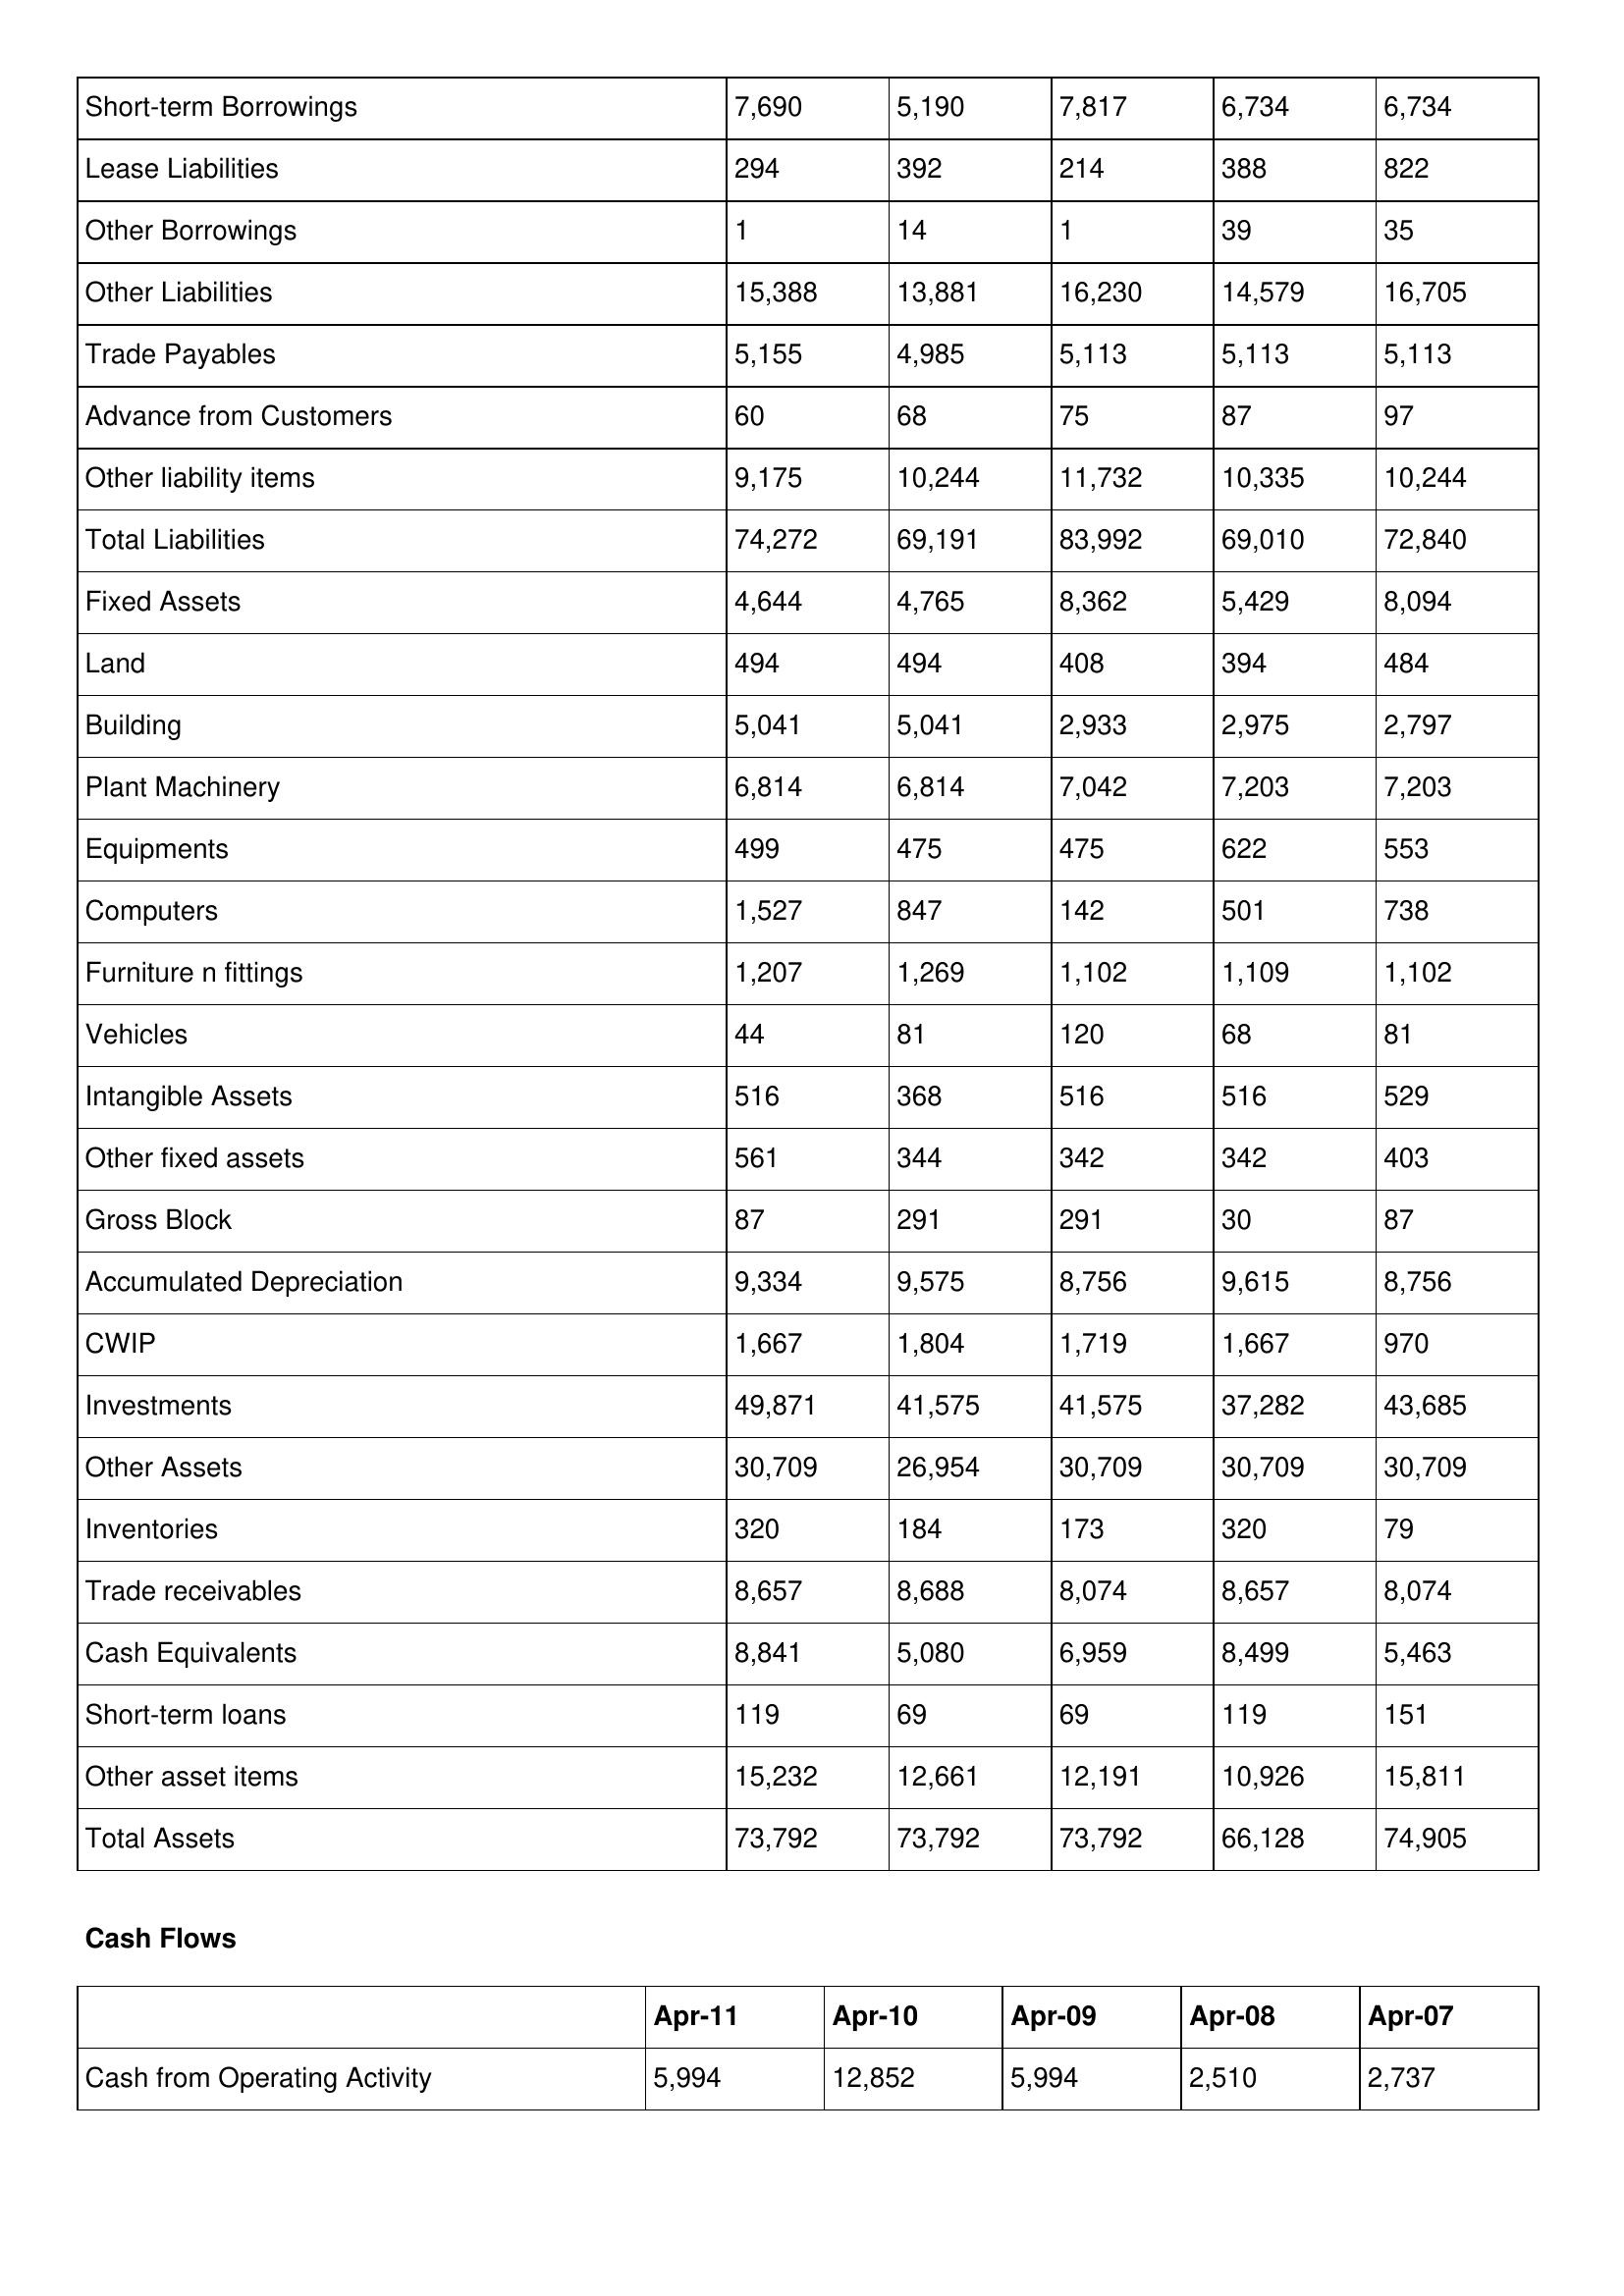
gt_parse: Apr-11: Balance Sheet: Short-term Borrowings: 7,690
Lease Liabilities: 294
Other Borrowings: 1
Other Liabilities: 15,388
Trade Payables: 5,155
Advance from Customers: 60
Other liability items: 9,175
Total Liabilities: 74,272
Fixed Assets: 4,644
Land: 494
Building: 5,041
Plant Machinery: 6,814
Equipments: 499
Computers: 1,527
Furniture n fittings: 1,207
Vehicles: 44
Intangible Assets: 516
Other fixed assets: 561
Gross Block: 87
Accumulated Depreciation: 9,334
CWIP: 1,667
Investments: 49,871
Other Assets: 30,709
Inventories: 320
Trade receivables: 8,657
Cash Equivalents: 8,841
Short-term loans: 119
Other asset items: 15,232
Total Assets: 73,792
Cash Flows: Cash from Operating Activity: 5,994
Apr-10: Balance Sheet: Short-term Borrowings: 5,190
Lease Liabilities: 392
Other Borrowings: 14
Other Liabilities: 13,881
Trade Payables: 4,985
Advance from Customers: 68
Other liability items: 10,244
Total Liabilities: 69,191
Fixed Assets: 4,765
Land: 494
Building: 5,041
Plant Machinery: 6,814
Equipments: 475
Computers: 847
Furniture n fittings: 1,269
Vehicles: 81
Intangible Assets: 368
Other fixed assets: 344
Gross Block: 291
Accumulated Depreciation: 9,575
CWIP: 1,804
Investments: 41,575
Other Assets: 26,954
Inventories: 184
Trade receivables: 8,688
Cash Equivalents: 5,080
Short-term loans: 69
Other asset items: 12,661
Total Assets: 73,792
Cash Flows: Cash from Operating Activity: 12,852
Apr-09: Balance Sheet: Short-term Borrowings: 7,817
Lease Liabilities: 214
Other Borrowings: 1
Other Liabilities: 16,230
Trade Payables: 5,113
Advance from Customers: 75
Other liability items: 11,732
Total Liabilities: 83,992
Fixed Assets: 8,362
Land: 408
Building: 2,933
Plant Machinery: 7,042
Equipments: 475
Computers: 142
Furniture n fittings: 1,102
Vehicles: 120
Intangible Assets: 516
Other fixed assets: 342
Gross Block: 291
Accumulated Depreciation: 8,756
CWIP: 1,719
Investments: 41,575
Other Assets: 30,709
Inventories: 173
Trade receivables: 8,074
Cash Equivalents: 6,959
Short-term loans: 69
Other asset items: 12,191
Total Assets: 73,792
Cash Flows: Cash from Operating Activity: 5,994
Apr-08: Balance Sheet: Short-term Borrowings: 6,734
Lease Liabilities: 388
Other Borrowings: 39
Other Liabilities: 14,579
Trade Payables: 5,113
Advance from Customers: 87
Other liability items: 10,335
Total Liabilities: 69,010
Fixed Assets: 5,429
Land: 394
Building: 2,975
Plant Machinery: 7,203
Equipments: 622
Computers: 501
Furniture n fittings: 1,109
Vehicles: 68
Intangible Assets: 516
Other fixed assets: 342
Gross Block: 30
Accumulated Depreciation: 9,615
CWIP: 1,667
Investments: 37,282
Other Assets: 30,709
Inventories: 320
Trade receivables: 8,657
Cash Equivalents: 8,499
Short-term loans: 119
Other asset items: 10,926
Total Assets: 66,128
Cash Flows: Cash from Operating Activity: 2,510
Apr-07: Balance Sheet: Short-term Borrowings: 6,734
Lease Liabilities: 822
Other Borrowings: 35
Other Liabilities: 16,705
Trade Payables: 5,113
Advance from Customers: 97
Other liability items: 10,244
Total Liabilities: 72,840
Fixed Assets: 8,094
Land: 484
Building: 2,797
Plant Machinery: 7,203
Equipments: 553
Computers: 738
Furniture n fittings: 1,102
Vehicles: 81
Intangible Assets: 529
Other fixed assets: 403
Gross Block: 87
Accumulated Depreciation: 8,756
CWIP: 970
Investments: 43,685
Other Assets: 30,709
Inventories: 79
Trade receivables: 8,074
Cash Equivalents: 5,463
Short-term loans: 151
Other asset items: 15,811
Total Assets: 74,905
Cash Flows: Cash from Operating Activity: 2,737